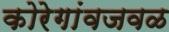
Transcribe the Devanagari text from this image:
कोरेगांवजवळ